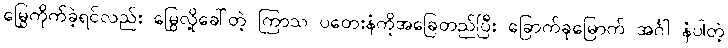
မြွေကိုက်ခဲ့ရင်လည်း မြွေလို့ခေါ်တဲ့ ကြာသ ပတေးနံကိုအခြေတည်ပြီး ခြောက်ခုမြောက် အင်္ဂါ နံပါတဲ့